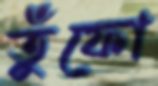
তুঁফো